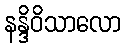
နန္ဒိဝိသာလော